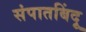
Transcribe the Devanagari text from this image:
संपातबिंदू